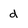
Character: d